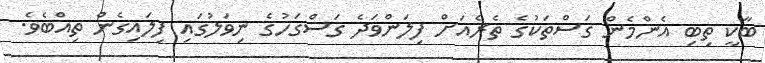
ބާކީ ތިބި އެންމެން ގަސްތަކުގެ ތެރެއަށް ފިލަންވަދެ ގަސްގަހުގެ ނިވަލުގައި ފިލައިގެން ތިއްބެވެ.